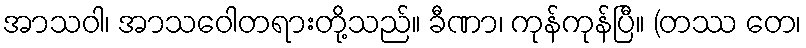
အာသဝါ၊ အာသဝေါတရားတို့သည်။ ခီဏာ၊ ကုန်ကုန်ပြီ။ (တဿ တေ၊